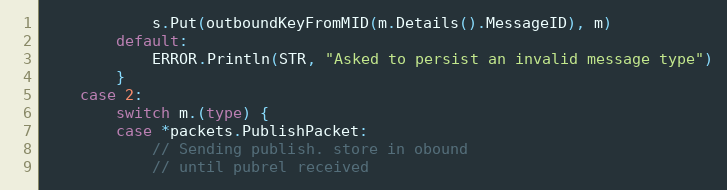
Language: Go
			s.Put(outboundKeyFromMID(m.Details().MessageID), m)
		default:
			ERROR.Println(STR, "Asked to persist an invalid message type")
		}
	case 2:
		switch m.(type) {
		case *packets.PublishPacket:
			// Sending publish. store in obound
			// until pubrel received